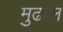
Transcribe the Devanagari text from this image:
मुढाल